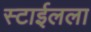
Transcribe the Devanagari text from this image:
स्टाईलला